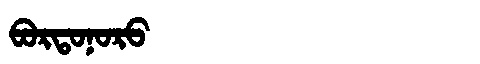
Manchu: ᠪᠣᡵᡨᠣᠨᠣᡵᠣ
Romanization: BORTONORO